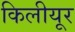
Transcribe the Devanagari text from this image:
किलीयूर